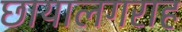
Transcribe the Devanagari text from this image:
छायालगराह